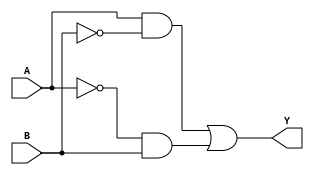
module xor_gate (
    input A,
    input B,
    output Y
);

wire Abar, Bbar;

assign Abar = ~A;
assign Bbar = ~B;

assign Y = (A & Bbar) | (Abar & B);

endmodule